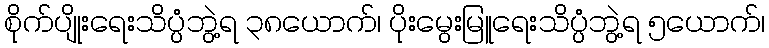
စိုက်ပျိုးရေးသိပ္ပံဘွဲ့ရ ၃၈ယောက်၊ ပိုးမွေးမြူရေးသိပ္ပံဘွဲ့ရ ၅ယောက်၊